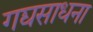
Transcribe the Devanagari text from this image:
गद्यसाधना